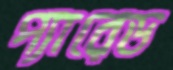
প্যারেড